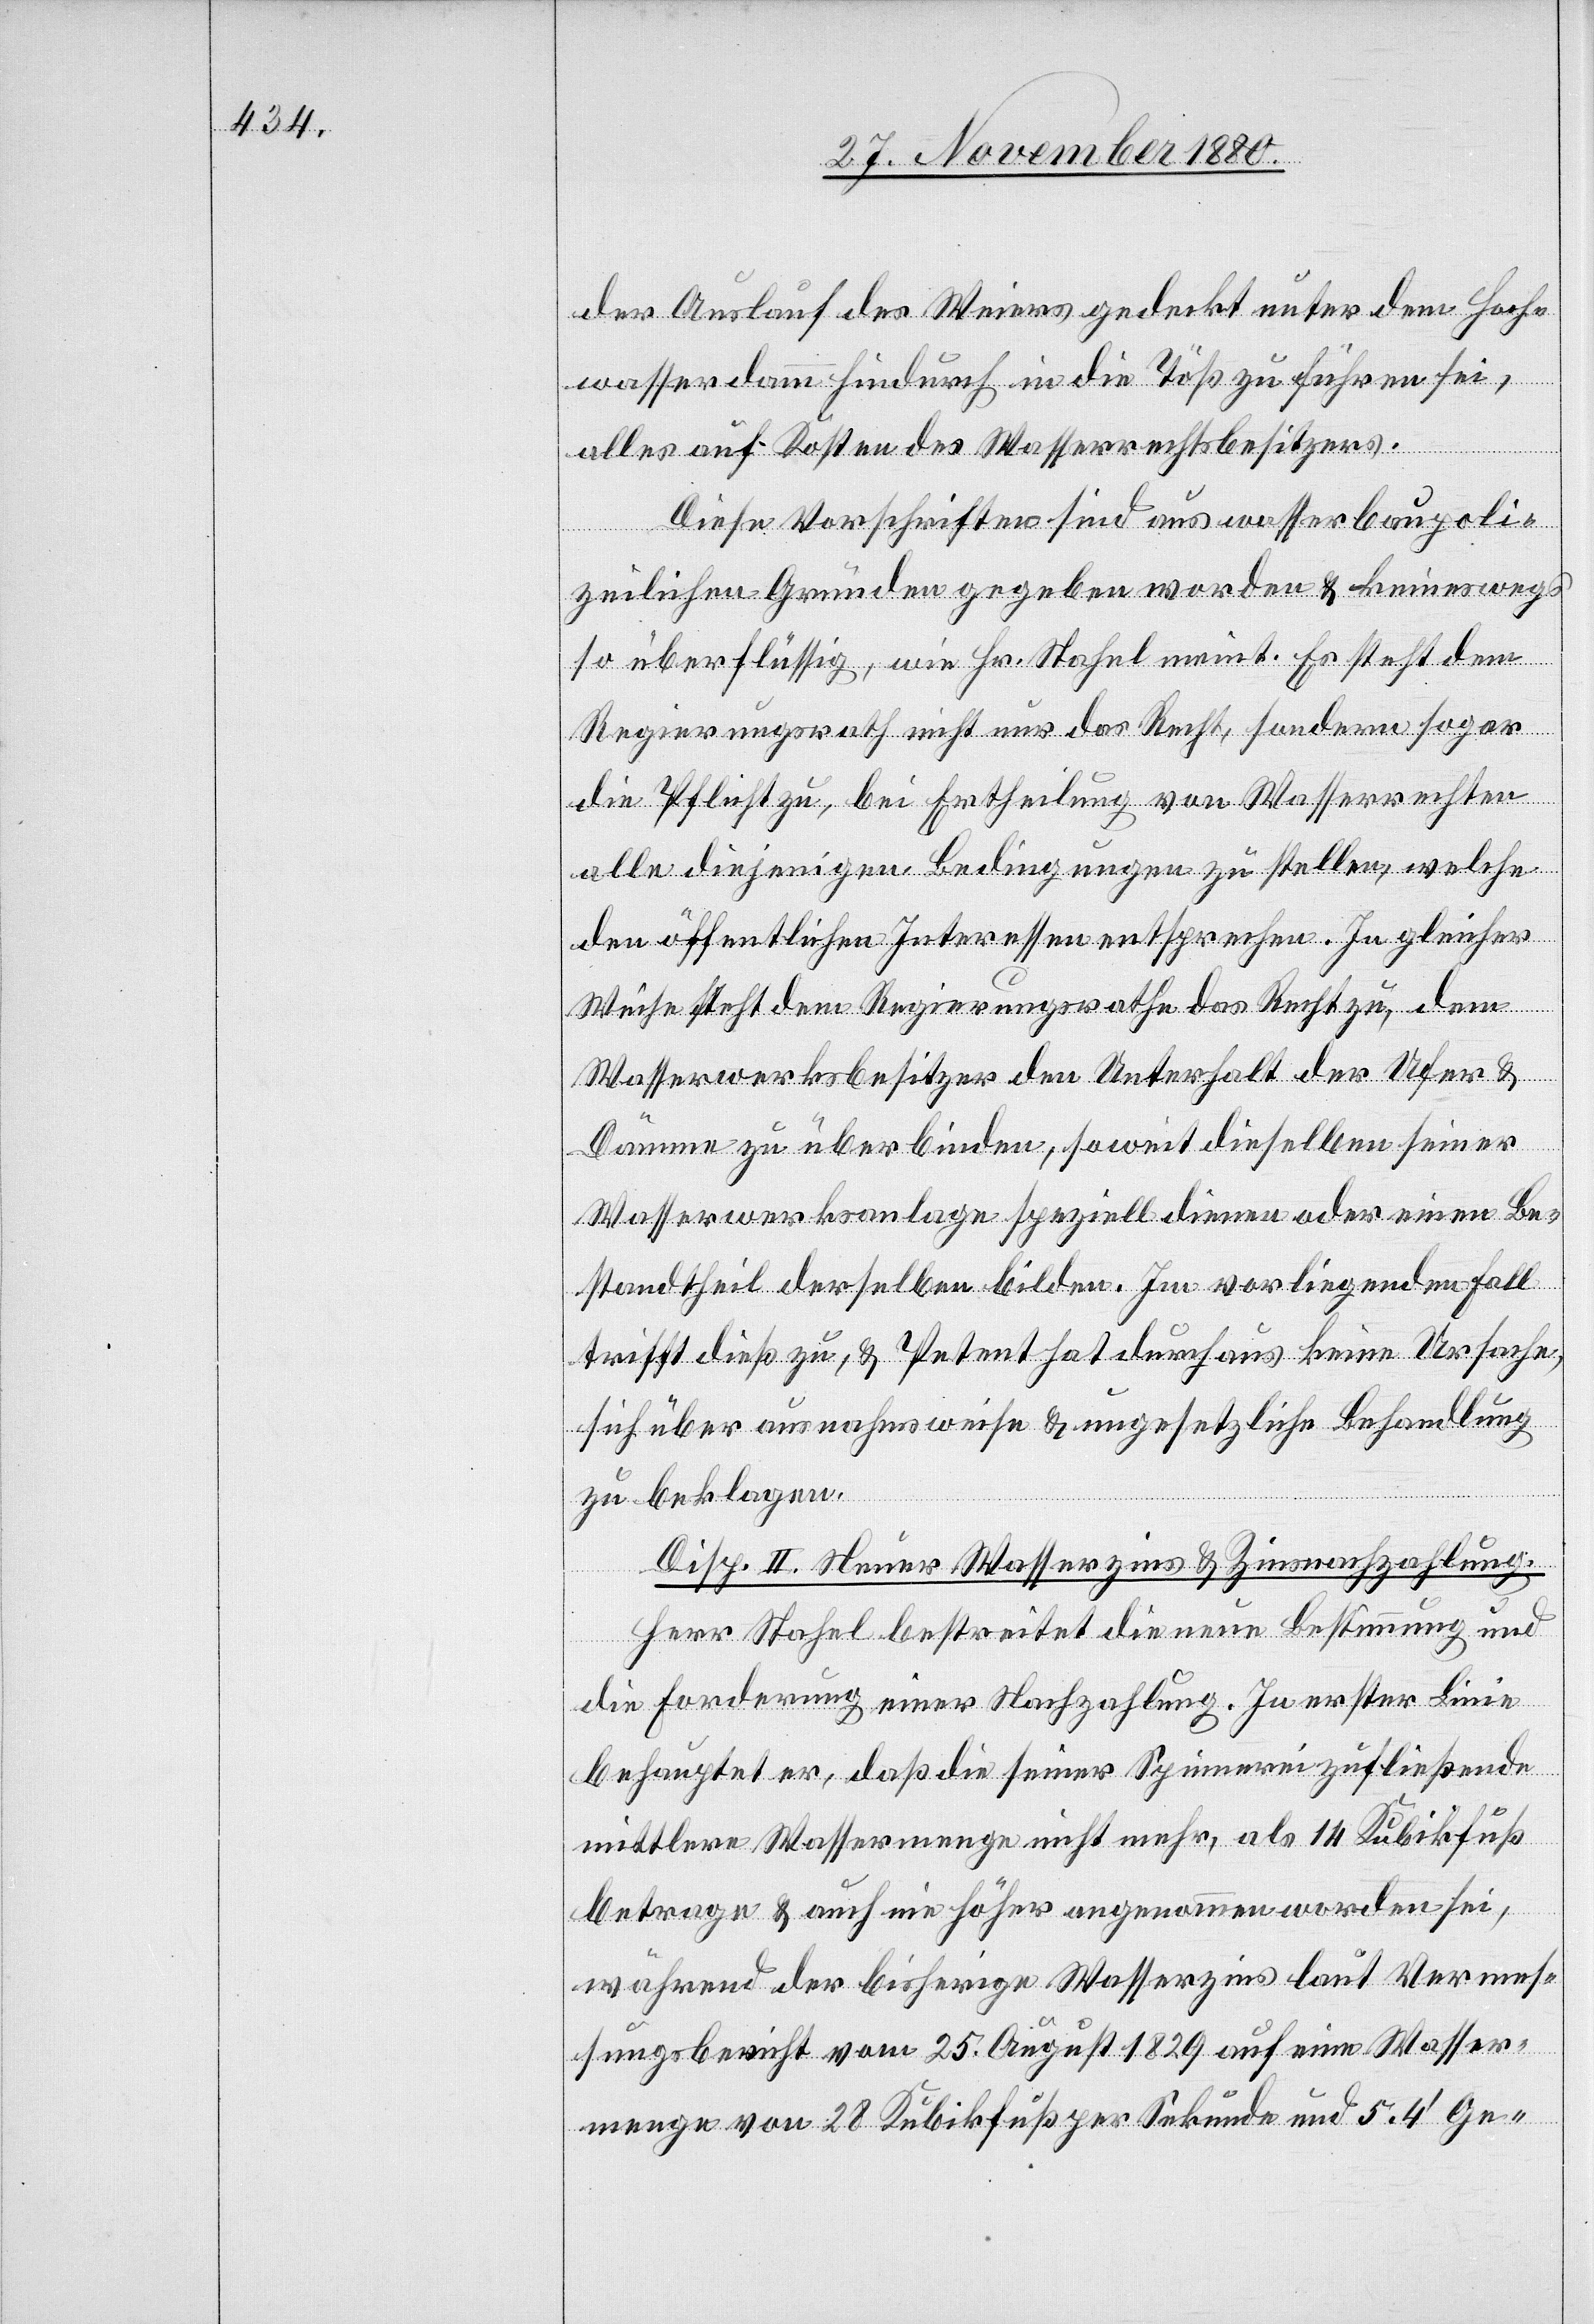
der Auslauf des Weiers gedeckt unter dem Hoch¬
wasserdamm hindurch in die Töß zu führen sei,
alles auf Kosten des Wasserrechtsbesitzers.
Diese Vorschriften sind aus wasserbaupoli¬
zeilichen Gründen gegeben worden & keineswegs
so überflüssig, wie Hr. Stahel meint. Es steht dem
Regierungsrath nicht nur das Recht, sondern sogar
die Pflicht zu, bei Ertheilung von Wasserrechten
alle diejenigen Bedingungen zu stellen, welche
den öffentlichen Interessen entsprechen. In gleicher
Weise steht dem Regierungsrathe das Recht zu, dem
Wasserwerksbesitzer den Unterhalt der Ufer &
Dämme zu überbinden, soweit dieselben seiner
Wasserwerksanlage speziell diene oder einen Be¬
standtheil derselben bilden. In vorliegendem Fall
trifft dieß zu, & Petent hat durchaus keine Ursache
sich über ausnahmsweise & ungesetzliche Behandlung
zu beklagen.
Disp. II. Neuer Wasserzins & Zinsnachzahlung.
Herr Stahel bestreitet die neue Bestimmung und
die Forderung einer Nachzahlung. In erster Linie
behauptet er, daß die seiner Spinnerei zufließende
mittlere Wassermenge nicht mehr, als 14 Kubikfuß
betrage & auch nie höher angenommen worden sei,
während der bisherige Wasserzins laut Verrec¬
hnungsbericht vom 25. August 1829 auf eine Wasser¬
menge von 28 Kubikfuß per Sekunde und 5.4‘ Ge-